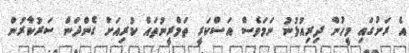
އެ ރަށުގައި މީހުން ދިރިއުޅުނު ނަމަވެސް އަސްކަރީ ތަމްރީނުތައް ކުރިއަށް ގެންދަން ސަރުކާރުން